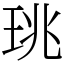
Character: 珧